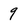
Character: 9